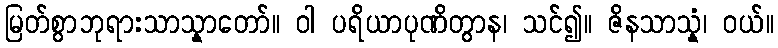
မြတ်စွာဘုရားသာသ္နာတော်။ ဝါ ပရိယာပုဏိတွာန၊ သင်၍။ ဇိနသာသ္နံ၊ ဝယ်။